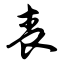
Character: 丧